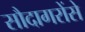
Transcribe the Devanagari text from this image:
सौदागरोंसे